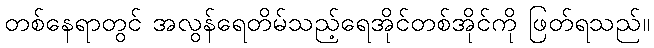
တစ်နေရာတွင် အလွန်ရေတိမ်သည့်ရေအိုင်တစ်အိုင်ကို ဖြတ်ရသည်။